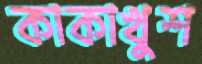
কাকাখুশ